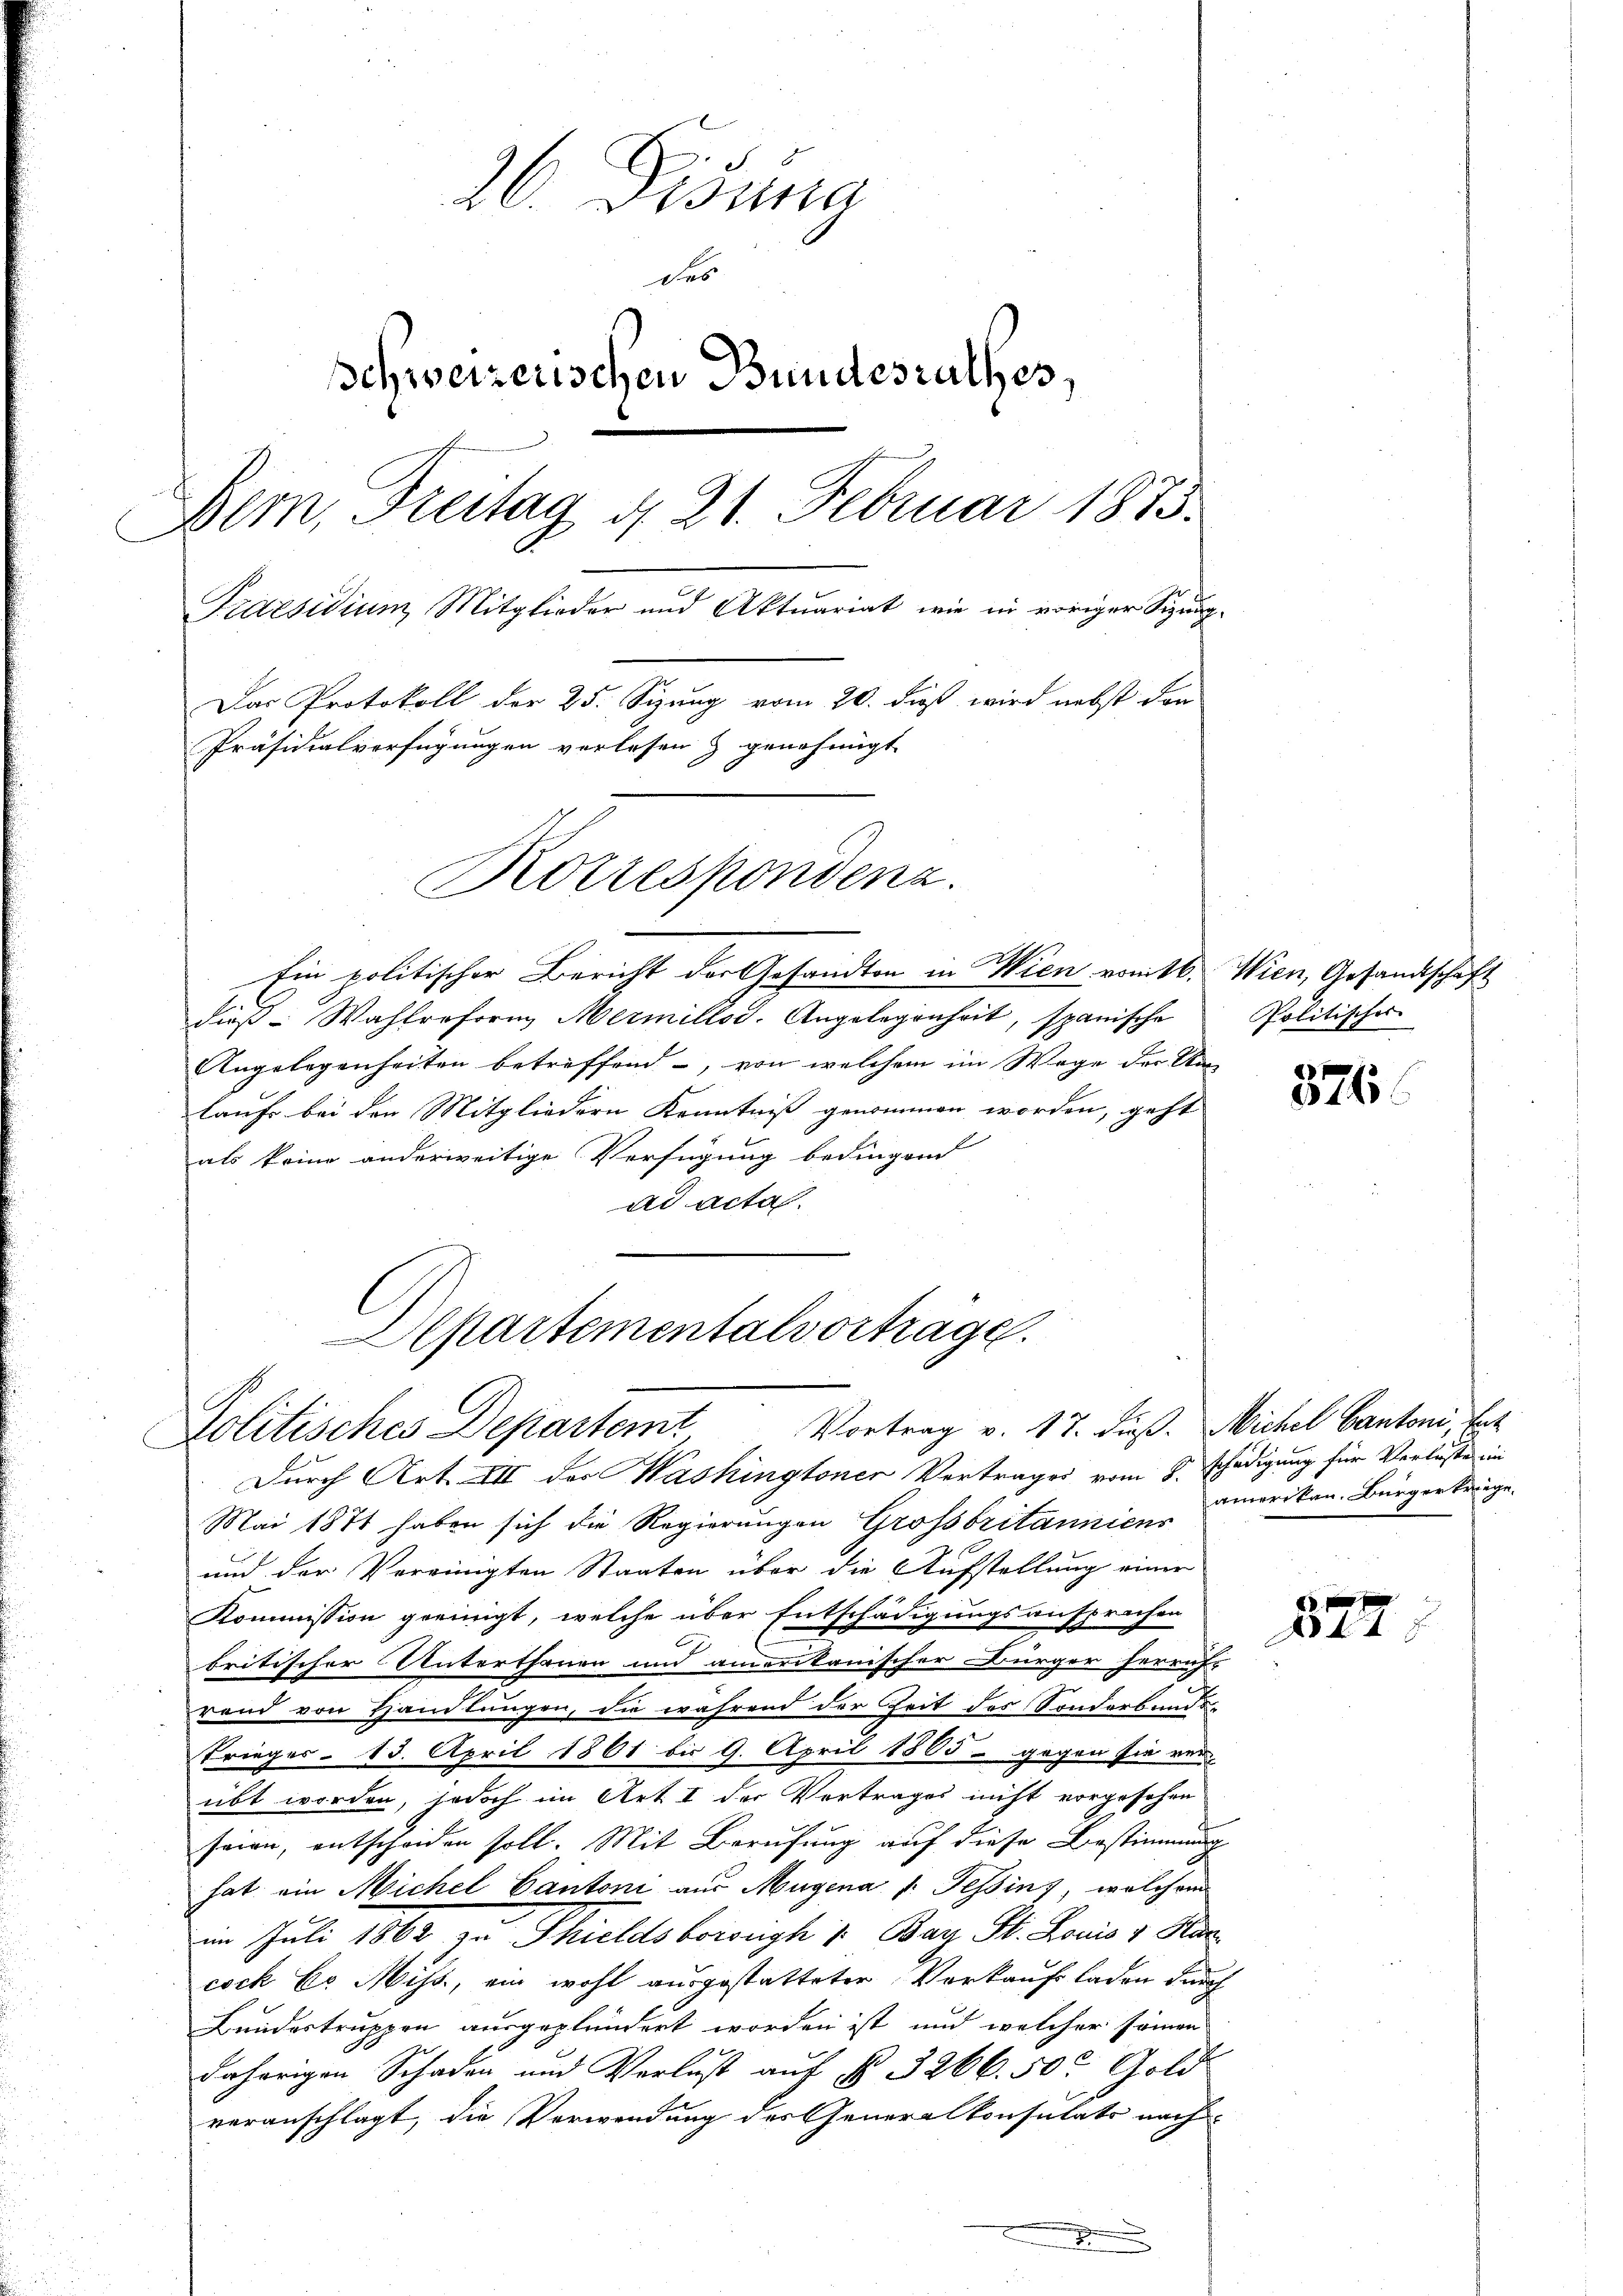
26. Disena
des
schweizerischen Bundesrathes,
Bem, Freitag d. 21. Februar 1873.
Praesidium Mitglieder und Aktuariat, wie in voriger Sizung
Das Protokoll der 25. Sizung vom 20. daß wird nebst don
Präsidialverfügungen verlesen & genehmigt
Korrespondenz.

Ein politischer Bericht der Gesandton in Wien vomtl.
dies Wahlreform Mermillos. Angelegenheit, spanische
Angelegenheiten betreffend, von welchem im Wege der An
laufs bei den Mitgliedern Kenntniß genommen worden, geht
als keine anderweitige Verfügung bedingend
ad acta

Departementalvorträge.
Politisches Departemt Vortrag v. 17. dieß. Michel Cantoni, Ent

Durch Art. III der Washingtoner Vertrages vom 9. Schädigung für Verluste im
Mai 1871 haben sich die Regierungen Grossbritanniens
und der Vereinigten Staaten über die Aufstellung einer
Kommission geeinigt, welche über Entschädigungsansprachen
britischer Unterthanen und amerikanischer Bürger herruft
rand von Handlungen, die während der Zeit des Sonderbunde
Krieger - 15. April 1861 bis 9. April 1865 - gegen sie ver
übt worden, jedoch im Art. I der Vertrages nicht vorgesehen
seien, entscheiden soll. Mit Berufung auf diese Bestimmung
hat ein Michel Cantoni aus Magena v. Tessin, welchem
im Juli 1862 zu Thieldsborough 1. Bay St. Louis v Kur
cock Co. Miss, ein wohl ausgestatteter Vorkauf laden durch
Bundestruppen ausgeplündert worden ist, und welcher sonnen
daherigen Schaden und Verlust auf § 3266. 50. Gold
veranschlagt, die Verwendung des Generalkonsulats nach
x

Wien, Gesandtschaft
Politisches

376

amerikan. Bürger triege.

x
44